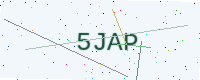
Text: 5JAP